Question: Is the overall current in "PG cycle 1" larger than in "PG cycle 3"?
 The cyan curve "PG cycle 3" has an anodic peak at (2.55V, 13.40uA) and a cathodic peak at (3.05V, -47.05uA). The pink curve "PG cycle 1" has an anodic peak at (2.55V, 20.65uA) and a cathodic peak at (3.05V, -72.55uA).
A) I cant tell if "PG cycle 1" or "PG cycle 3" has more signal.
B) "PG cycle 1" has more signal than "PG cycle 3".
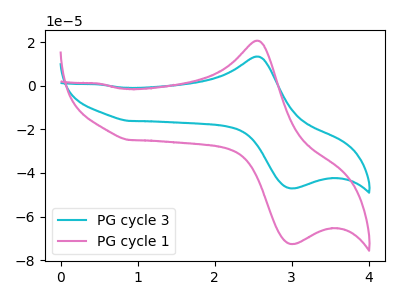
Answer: <think>All the peaks in "PG cycle 1" have a peak in "PG cycle 3" at the same potential. Every peak in "PG cycle 1" is higher than every peak in "PG cycle 3".
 </think>
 <answer>B) "PG cycle 1" has more signal than "PG cycle 3".</answer>
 <eval>B</eval>